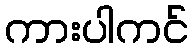
ကားပါကင်